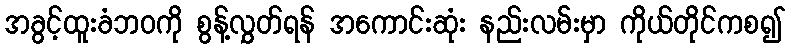
အခွင့်ထူးခံဘဝကို စွန့်လွှတ်ရန် အကောင်းဆုံး နည်းလမ်းမှာ ကိုယ်တိုင်ကစ၍